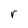
Character: r